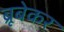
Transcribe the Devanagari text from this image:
ब्रूबेकर